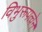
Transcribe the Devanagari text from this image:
विभुरूपत्वेन